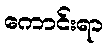
ကောင်းရာ